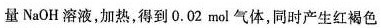
量NaOH溶液，加热，得到0.02mol气体，同时产生红褐色